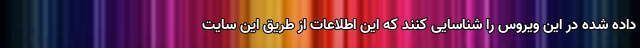
داده شده در این ویروس را شناسایی کنند که این اطلاعات از طریق این سایت